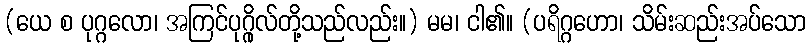
(ယေ စ ပုဂ္ဂလော၊ အကြင်ပုဂ္ဂိုလ်တို့သည်လည်း။) မမ၊ ငါ၏။ (ပရိဂ္ဂဟော၊ သိမ်းဆည်းအပ်သော